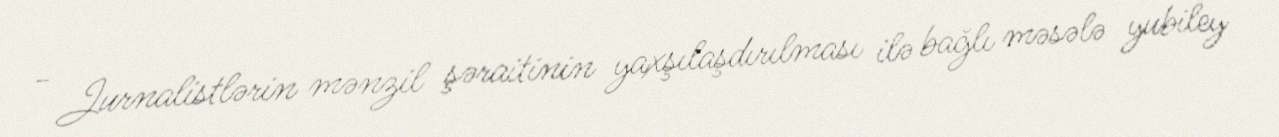
- Jurnalistlərin mənzil şəraitinin yaxşılaşdırılması ilə bağlı məsələ yubiley